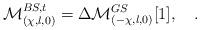
LaTeX: \begin{align*} \mathcal{M}^{BS,t}_{(\chi,l,0)}= \Delta \mathcal{M}^{GS}_{(-\chi,l,0)}[1],\quad.\end{align*}